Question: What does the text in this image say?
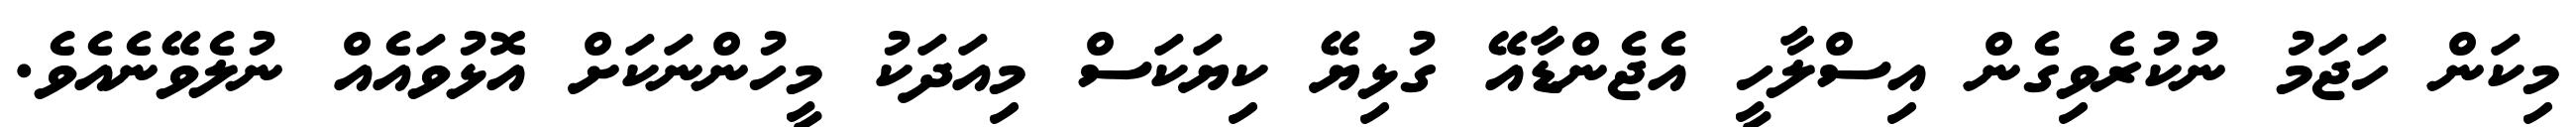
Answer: މިކަން ހަޖަމު ނުކުރެވިގެން އިސްލާހީ އެޖެންޑާއޭ ގުޅިޔޭ ކިޔަކަސް މިއަދަކު މީހުންނަކަށް އޮޅުވައެއް ނުލެވޭނެއެވެ.